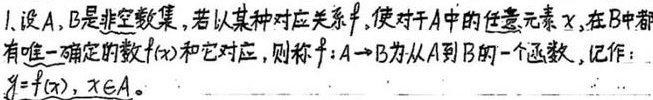
1. 设\(A,B\)是非空数集，若以某种对应关系\(f\)，使对于\(A\)中的任意元素\(x\)，在\(B\)中都有唯一确定的数\(f(x)\)和它对应，则称\(f:A\to B\)为从\(A\)到\(B\)的一个函数，记作：\(y = f(x),x\in A\)。